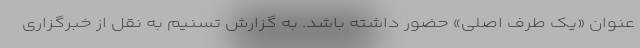
عنوان «یک طرف اصلی» حضور داشته باشد. به گزارش تسنیم به نقل از خبرگزاری